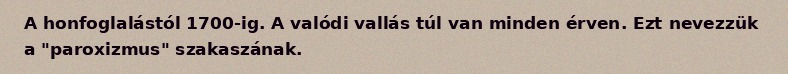
A honfoglalástól 1700-ig. A valódi vallás túl van minden érven. Ezt nevezzük a "paroxizmus" szakaszának.